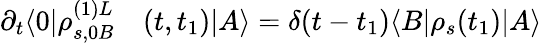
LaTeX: \begin{array}{rl}{\partial_{t}\langle 0|\rho_{s,0B}^{(1)L}}&{{}(t,t_{1})|A\rangle=\delta(t-t_{1})\langle B|\rho_{s}(t_{1})|A\rangle}\end{array}